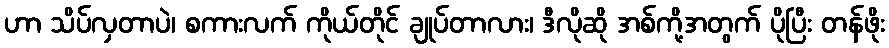
ဟာ သိပ်လှတာပဲ၊ စကားလက် ကိုယ်တိုင် ချုပ်တာလား၊ ဒီလိုဆို အစ်ကို့အတွက် ပိုပြီး တန်ဖိုး